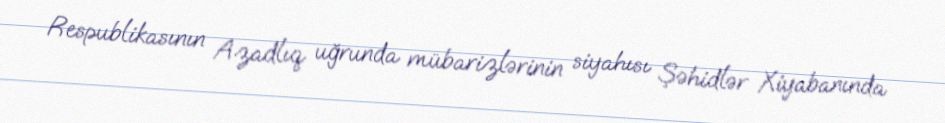
Respublikasının Azadlıq uğrunda mübarizlərinin siyahısı Şəhidlər Xiyabanında